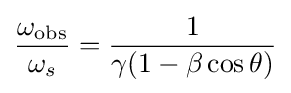
{\frac {\omega _{\mathrm {obs} }}{\omega _{s}}}={\frac {1}{\gamma (1-\beta \cos \theta )}}